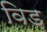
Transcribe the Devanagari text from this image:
विड़